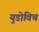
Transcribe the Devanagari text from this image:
युडोविच